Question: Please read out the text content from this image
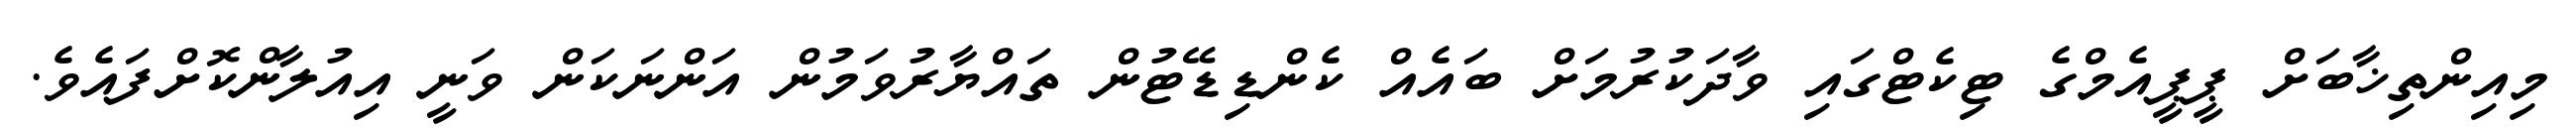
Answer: މިއިންތިޚާބަށް ޕީޕީއެމްގެ ޓިކެޓްގައި ވާދަކުރުމަށް ބައެއް ކެންޑިޑޭޓުން ތައްޔާރުވަމުން އަންނަކަން ވަނީ އިއުލާންކޮށްފައެވެ.